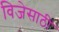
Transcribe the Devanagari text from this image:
विजेसाठी